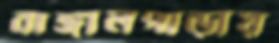
বাঙ্গালপাড়ায়